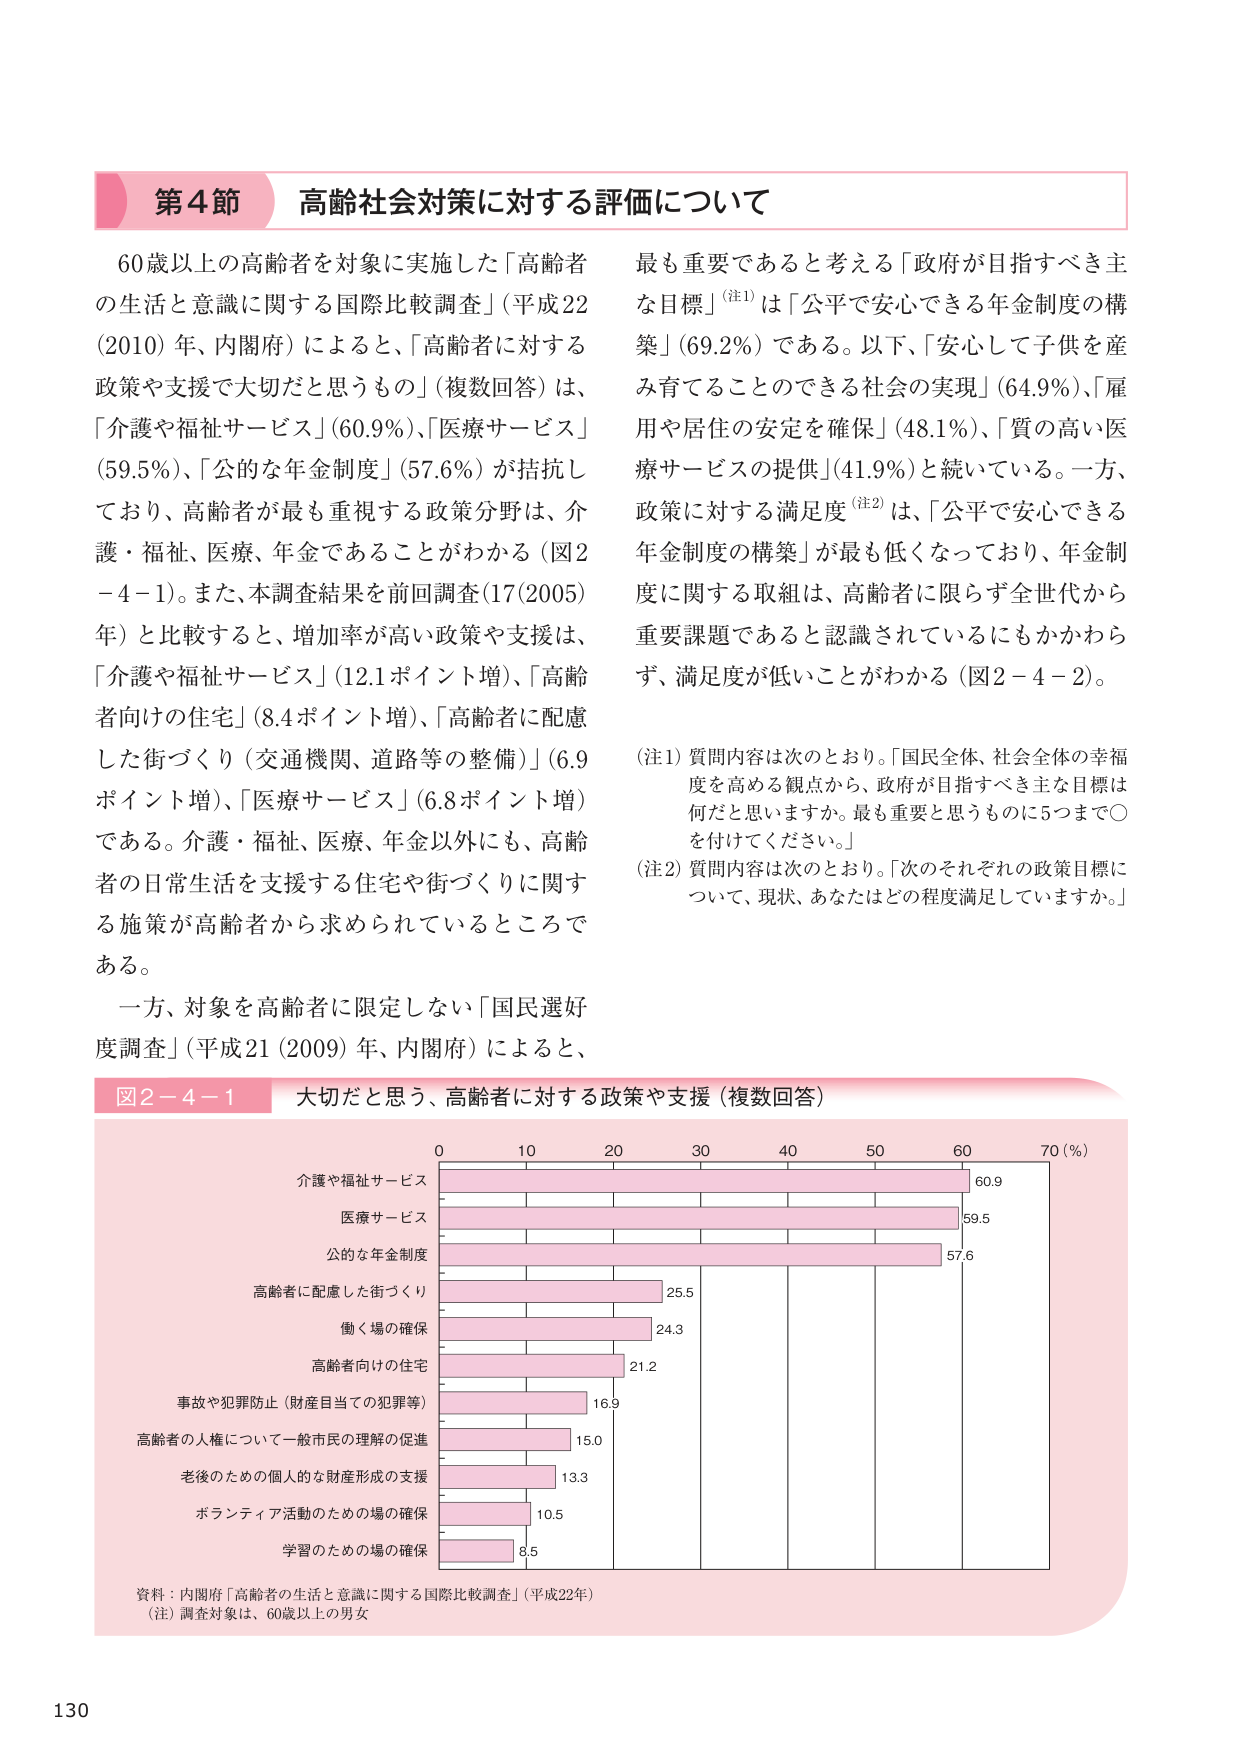
第4節 高齢社会対策に対する評価について

60歳以上の高齢者を対象に実施した「高齢者の生活と意識に関する国際比較調査」（平成22（2010）年、内閣府）によると、「高齢者に対する政策や支援で大切だと思うもの」（複数回答）は、「介護や福祉サービス」（60.9％）、「医療サービス」（59.5％）、「公的な年金制度」（57.6％）が拮抗しており、高齢者が最も重視する政策分野は、介護・福祉、医療、年金であることがわかる（図2－4－1）。また、本調査結果を前回調査（17（2005）年）と比較すると、増加率が高い政策や支援は、「介護や福祉サービス」（12.1ポイント増）、「高齢者向けの住宅」（8.4ポイント増）、「高齢者に配慮した街づくり（交通機関、道路等の整備）」（6.9ポイント増）、「医療サービス」（6.8ポイント増）である。介護・福祉、医療、年金以外にも、高齢者の日常生活を支援する住宅や街づくりに関する施策が高齢者から求められているところである。

一方、対象を高齢者に限定しない「国民選好度調査」（平成21（2009）年、内閣府）によると、最も重要であると考える「政府が目指すべき主な目標」（注1）は「公平で安心できる年金制度の構築」（69.2％）である。以下、「安心して子供を産み育てることのできる社会の実現」（64.9％）、「雇用や居住の安定を確保」（48.1％）、「質の高い医療サービスの提供」（41.9％）と続いている。一方、政策に対する満足度（注2）は、「公平で安心できる年金制度の構築」が最も低くなっており、年金制度に関する取組は、高齢者に限らず全世代から重要課題であると認識されているにもかかわらず、満足度が低いことがわかる（図2－4－2）。

（注1）質問内容は次のとおり。「国民全体、社会全体の幸福度を高める観点から、政府が目指すべき主な目標は何だと思いますか。最も重要と思うものに5つまで〇を付けてください。」

（注2）質問内容は次のとおり。「次のそれぞれの政策目標について、現状、あなたはどの程度満足していますか。」

図2－4－1 大切だと思う、高齢者に対する政策や支援（複数回答）

0 10 20 30 40 50 60 70（％）

介護や福祉サービス 60.9
医療サービス 59.5
公的な年金制度 57.6
高齢者に配慮した街づくり 25.5
働く場の確保 24.3
高齢者向けの住宅 21.2
事故や犯罪防止（財産目当ての犯罪等） 16.9
高齢者の人権について一般市民の理解の促進 15.0
老後のための個人的な財産形成の支援 13.3
ボランティア活動のための場の確保 10.5
学習のための場の確保 8.5

資料：内閣府「高齢者の生活と意識に関する国際比較調査」（平成22年）
（注）調査対象は、60歳以上の男女

130